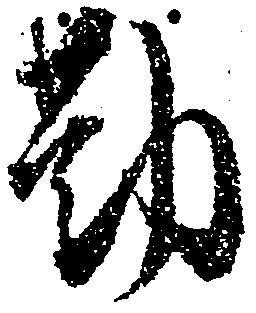
勤